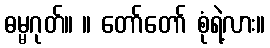
ဓမ္မဂုတ်။ ။ တော်တော် စုံရဲ့လား။